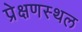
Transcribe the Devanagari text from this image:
प्रेक्षणस्थल